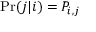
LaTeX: \Pr ( j | i ) = P _ { i , j }